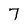
Character: 7